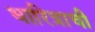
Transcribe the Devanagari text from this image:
धारित्राची